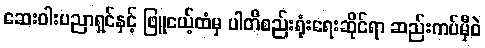
ဆေးဝါးပညာရှင်နှင့် ဖြူငယ့်ထံမှ ပါတီစည်းရုံးရေးဆိုင်ရာ ဆည်းကပ်မှီဝဲ